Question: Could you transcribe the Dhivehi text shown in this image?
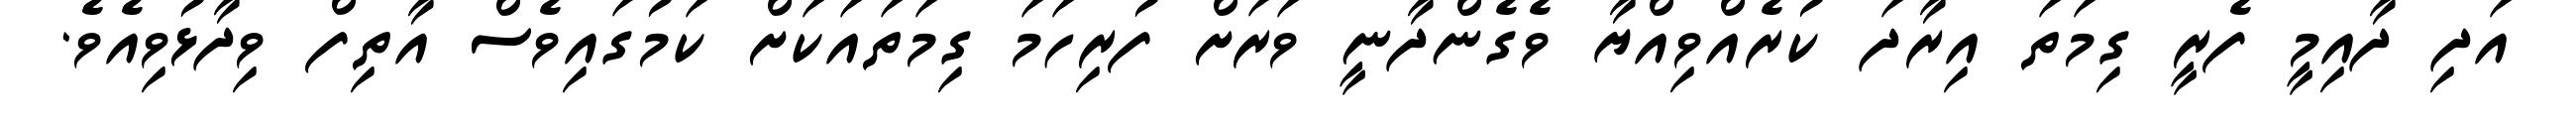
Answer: އަދި ދާއިމީ ފެރީ ގިމަތަ އިރާދަ ކުރެއްވިއްޔާ ވެގެންދާނީ ވަރަށް ފުރިހަމަ ގިމަތައަކަށް ކަމުގައިވެސް އާތިފް ވިދާޅުވިއެވެ.